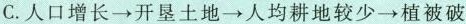
C.人口增长→开垦土地→人均耕地较少→植被破